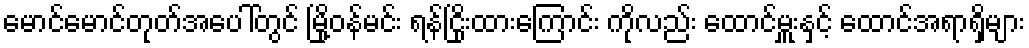
မောင်မောင်တုတ်အပေါ်တွင် မြို့ဝန်မင်း ရန်ငြိုးထားကြောင်း ကိုလည်း ထောင်မှူးနှင့် ထောင်အရာရှိများ